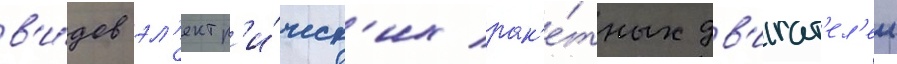
в'и́дов эл'ектр'и́ческ'их рак'е́тных дв'игат'ел'еи